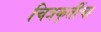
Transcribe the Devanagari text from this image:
चित्रकृतींचा